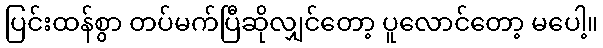
ပြင်းထန်စွာ တပ်မက်ပြီဆိုလျှင်တော့ ပူလောင်တော့ မပေါ့။